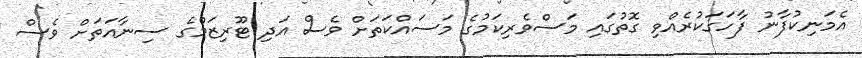
އެމަނިކުފާނު ފާހަގަކުރެއްވި ގޮތުގައި މަސްވެރިކަމުގެ މަސައްކަތަށް ވެސް އަދި ޓޫރިޒަމްގެ ސިނާއަތަށް ވެސް